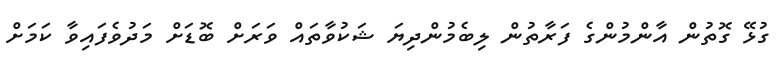
ގުޅޭ ގޮތުން އާންމުންގެ ފަރާތުން ލިބެމުންދިޔަ ޝަކުވާތައް ވަރަށް ބޮޑަށް މަދުވެފައިވާ ކަމަށް